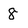
Character: 8